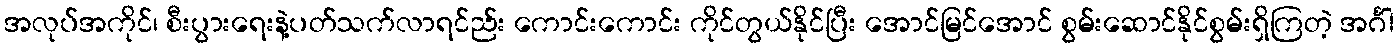
အလုပ်အကိုင်၊ စီးပွားရေးနဲ့ပတ်သက်လာရင်ည်း ကောင်းကောင်း ကိုင်တွယ်နိုင်ပြီး အောင်မြင်အောင် စွမ်းဆောင်နိုင်စွမ်းရှိကြတဲ့ အင်္ဂါ